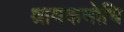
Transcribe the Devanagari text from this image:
श्रावकबोधि